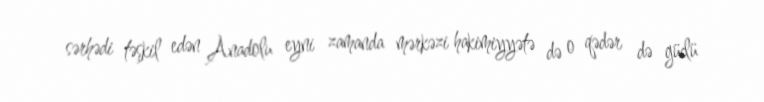
sərhədi təşkil edən Anadolu eyni zamanda mərkəzi hakimiyyətə də o qədər də güclü